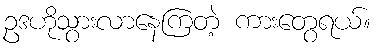
ဥဒဟိုသွားလာနေကြတဲ့ ကားတွေရယ်။